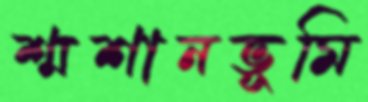
শ্মশানভূমি